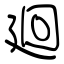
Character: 廻